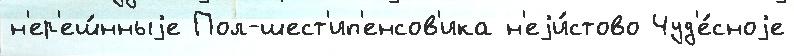
н'ер'еш́нныjе Пол-шест'ип'енсов'ика н'еjи́стово Чуд'е́сноjе